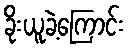
ခိုးယူခဲ့ကြောင်း